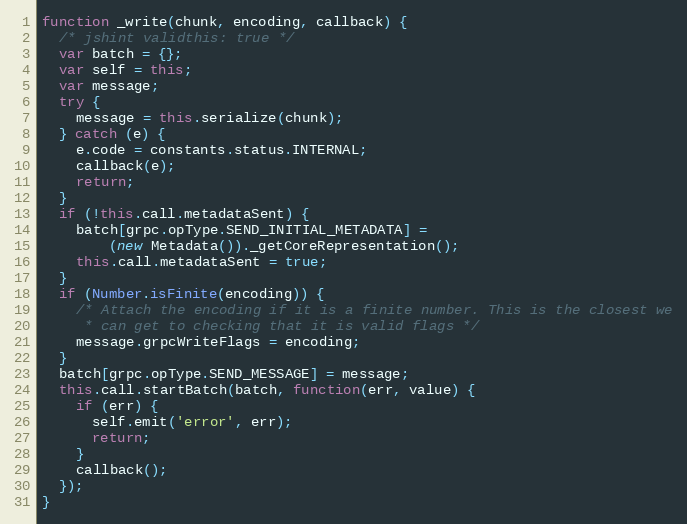
Language: JavaScript
function _write(chunk, encoding, callback) {
  /* jshint validthis: true */
  var batch = {};
  var self = this;
  var message;
  try {
    message = this.serialize(chunk);
  } catch (e) {
    e.code = constants.status.INTERNAL;
    callback(e);
    return;
  }
  if (!this.call.metadataSent) {
    batch[grpc.opType.SEND_INITIAL_METADATA] =
        (new Metadata())._getCoreRepresentation();
    this.call.metadataSent = true;
  }
  if (Number.isFinite(encoding)) {
    /* Attach the encoding if it is a finite number. This is the closest we
     * can get to checking that it is valid flags */
    message.grpcWriteFlags = encoding;
  }
  batch[grpc.opType.SEND_MESSAGE] = message;
  this.call.startBatch(batch, function(err, value) {
    if (err) {
      self.emit('error', err);
      return;
    }
    callback();
  });
}